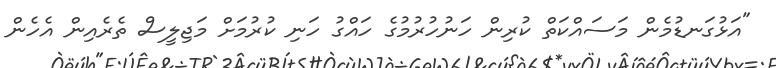
"އަޅުގަނޑުމެން މަސައްކަތް ކުރިން ހަނުހުރުމުގެ ހައްގު ހަނި ކުރުމަށް މަޖިލީސް ތެރެއިން އެހެން